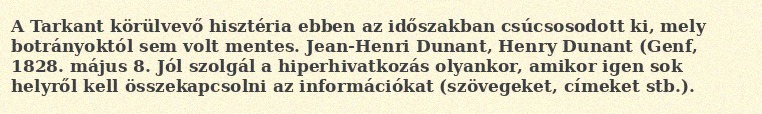
A Tarkant körülvevő hisztéria ebben az időszakban csúcsosodott ki, mely botrányoktól sem volt mentes. Jean-Henri Dunant, Henry Dunant (Genf, 1828. május 8. Jól szolgál a hiperhivatkozás olyankor, amikor igen sok helyről kell összekapcsolni az információkat (szövegeket, címeket stb.).